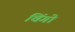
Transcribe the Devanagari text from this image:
चिंगो